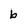
Character: b